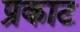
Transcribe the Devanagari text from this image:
प्रकाट